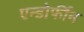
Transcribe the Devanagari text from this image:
एन्डोर्फीन